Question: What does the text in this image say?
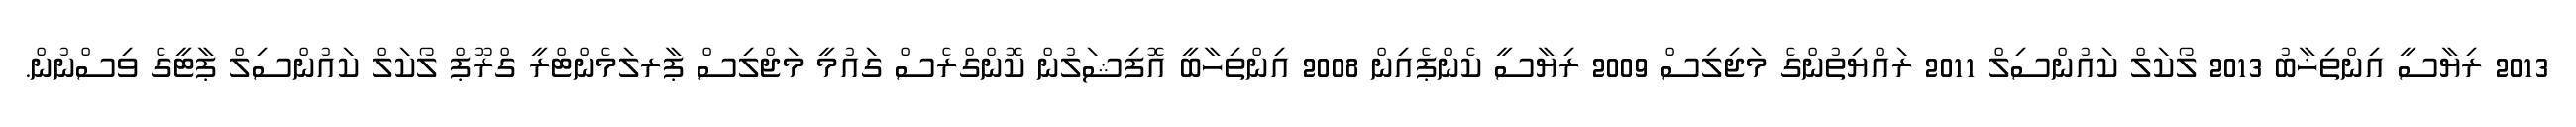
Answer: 2013 ރިޔާސީ އިންތިޚާބު 2013 ލޯކަލް ކައުންސިލް 2011 ރައްޔިތުންގެ މަޖިލިސް 2009 ރިޔާސީ ކެންޕެއިން 2008 އިންތިހާބީ އޮފިޝަލުން ކޮންގްރެސް ގައުމީ މަޖްލިސް ޕާރލަމެންޓްރީ ގްރޫޕް ލޯކަލް ކައުންސިލް ޕާޓީގެ ވިސްނުން.